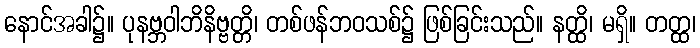
နောင်အခါ၌။ ပုနဗ္ဘဝါဘိနိဗ္ဗတ္တိ၊ တစ်ဖန်ဘဝသစ်၌ ဖြစ်ခြင်းသည်။ နတ္ထိ၊ မရှိ။ တတ္ထ၊